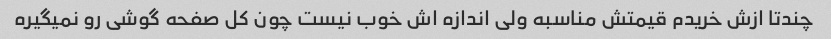
چندتا ازش خریدم قیمتش مناسبه ولی اندازه اش خوب نیست چون کل صفحه گوشی رو نمیگیره